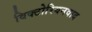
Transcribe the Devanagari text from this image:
विक्टोरियनवाद